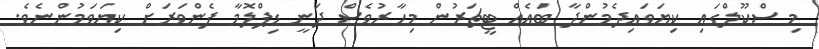
މި ސްކޫލްގައި ކިޔަވައިދެމުންދާ ބައެއް ޓީޗަރުން މިހާރުވެސް ދަނީ ޑިޕްލޮމާ ފެންވަރަށް ކިޔަވަމުންނެވެ.